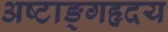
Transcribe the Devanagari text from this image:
अष्टाङ्गहृदय